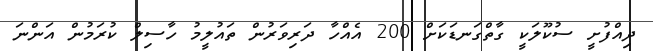
ދިއްފުށީ ސުކޫލަކީ ގާތްގަނޑަކަށް 200 އެއްހާ ދަރިވަރުން ތައުލީމު ހާސިލް ކުރަމުން އަންނަ